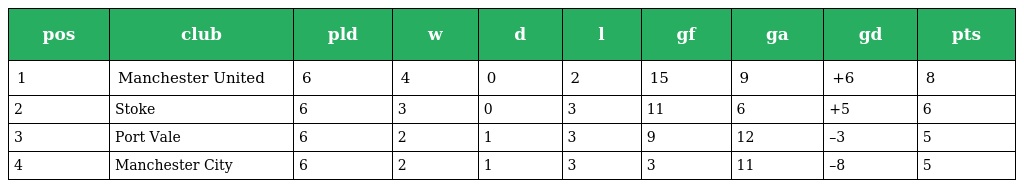
| pos | club | pld | w | d | l | gf | ga | gd | pts |
 | --- | --- | --- | --- | --- | --- | --- | --- | --- | --- |
 | 1 | Manchester United | 6 | 4 | 0 | 2 | 15 | 9 | +6 | 8 |
 | 2 | Stoke | 6 | 3 | 0 | 3 | 11 | 6 | +5 | 6 |
 | 3 | Port Vale | 6 | 2 | 1 | 3 | 9 | 12 | –3 | 5 |
 | 4 | Manchester City | 6 | 2 | 1 | 3 | 3 | 11 | –8 | 5 |